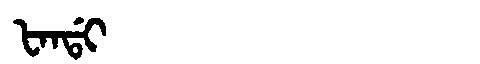
Manchu: ᡶᠠᠨᡩᡳ
Romanization: FANDI